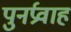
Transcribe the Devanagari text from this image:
पुनर्प्रवाह